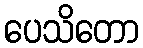
ပေသိတော